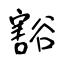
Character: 豁